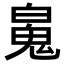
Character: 𩲸